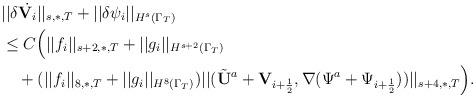
LaTeX: \begin{align*}&||\delta\dot{{\mathbf V}_i}||_{s,\ast,T}+||\delta\psi_i||_{H^s(\Gamma_T)}\\&\leq C\Big(||{f}_i||_{s+2,\ast,T}+||{g}_i||_{H^{s+2}(\Gamma_T)}\\&\quad+(||{f}_i||_{8,\ast,T}+||{g}_i||_{H^{8}(\Gamma_T)})||(\tilde{\mathbf U}^a+{\mathbf V}_{i+\frac{1}{2}}, \nabla(\Psi^a+\Psi_{i+\frac{1}{2}}))||_{s+4,\ast,T}\Big).\end{align*}